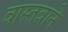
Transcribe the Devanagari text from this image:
वास्तवाने